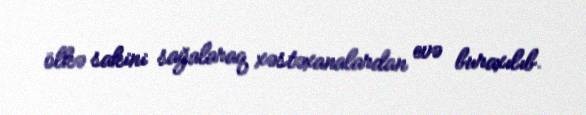
ölkə sakini sağalaraq xəstəxanalardan evə buraxılıb.